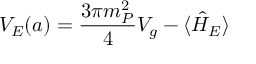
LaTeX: V _ { E } ( a ) = \frac { 3 \pi m _ { P } ^ { 2 } } { 4 } V _ { g } - \langle \hat { H } _ { E } \rangle